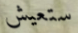
ستعيش